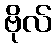
ဗိုလ်